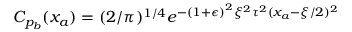
\begin{array} { r } { C _ { p _ { b } } ( x _ { a } ) = ( 2 / \pi ) ^ { 1 / 4 } e ^ { - \left( 1 + \epsilon \right) ^ { 2 } \xi ^ { 2 } \tau ^ { 2 } ( x _ { a } - \xi / 2 ) ^ { 2 } } } \end{array}